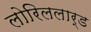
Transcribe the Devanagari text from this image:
लोरिललार्ड